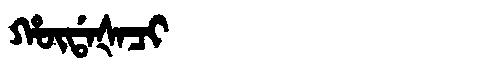
Manchu: ᡥᡡᡩᠠᡧᠠᠴᡳ
Romanization: HŪDAŠACI